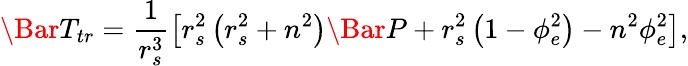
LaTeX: \Bar{T}_{tr}=\frac{1}{r_{s}^{3}}\left[r_{s}^{2}\left(r_{s}^{2}+n^{2}\right)\Bar{P}+r_{s}^{2}\left(1-\phi_{e}^{2}\right)-n^{2}\phi_{e}^{2}\right],